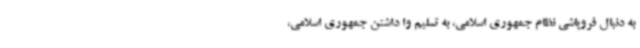
به دنبال فروپاشی نظام جمهوری اسلامی، به تسلیم وا داشتن جمهوری اسلامی،